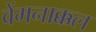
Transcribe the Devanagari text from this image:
वेंमनाक्कल